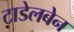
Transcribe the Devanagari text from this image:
टाडेलबेन